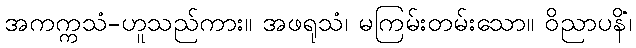
အကက္ကသံ-ဟူသည်ကား။ အဖရုသံ၊ မကြမ်းတမ်းသော။ ဝိညာပနိံ၊